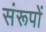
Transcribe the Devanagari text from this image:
संरूपों